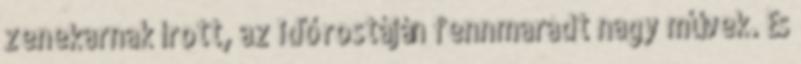
zenekarnak írott, az idő rostáján fennmaradt nagy művek. És